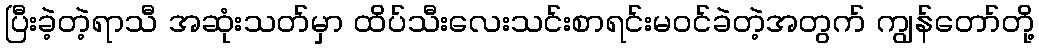
ပြီးခဲ့တဲ့ရာသီ အဆုံးသတ်မှာ ထိပ်သီးလေးသင်းစာရင်းမ၀င်ခဲတဲ့အတွက် ကျွန်တော်တို့